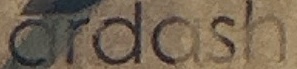
ardash